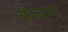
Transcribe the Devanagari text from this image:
क्रेवन